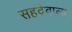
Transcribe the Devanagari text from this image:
सहदेवाला